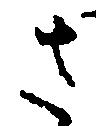
さ